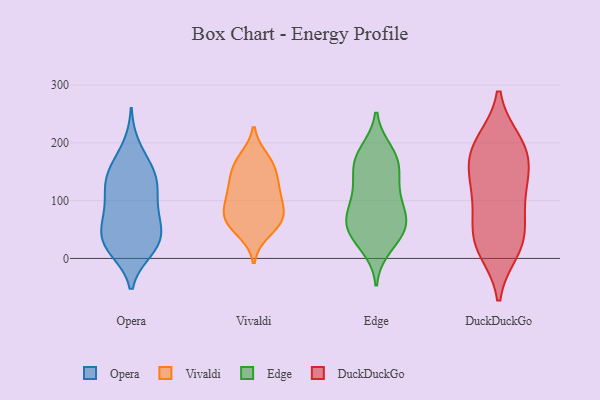
{"axis": {"x": "Operating Costs (USD K)", "y": "Value"}, "legend": ["DuckDuckGo", "Edge", "Opera", "Vivaldi"], "data": [{"x": "", "y": 194, "type": "Opera"}, {"x": "", "y": 22, "type": "Opera"}, {"x": "", "y": 66, "type": "Opera"}, {"x": "", "y": 114, "type": "Opera"}, {"x": "", "y": 69, "type": "Opera"}, {"x": "", "y": 104, "type": "Opera"}, {"x": "", "y": 28, "type": "Opera"}, {"x": "", "y": 14, "type": "Opera"}, {"x": "", "y": 130, "type": "Opera"}, {"x": "", "y": 71, "type": "Opera"}, {"x": "", "y": 162, "type": "Opera"}, {"x": "", "y": 48, "type": "Opera"}, {"x": "", "y": 141, "type": "Opera"}, {"x": "", "y": 148, "type": "Opera"}, {"x": "", "y": 16, "type": "Opera"}, {"x": "", "y": 23, "type": "Opera"}, {"x": "", "y": 47, "type": "Opera"}, {"x": "", "y": 150, "type": "Opera"}, {"x": "", "y": 106, "type": "Opera"}, {"x": "", "y": 121, "type": "Vivaldi"}, {"x": "", "y": 172, "type": "Vivaldi"}, {"x": "", "y": 101, "type": "Vivaldi"}, {"x": "", "y": 159, "type": "Vivaldi"}, {"x": "", "y": 131, "type": "Vivaldi"}, {"x": "", "y": 65, "type": "Vivaldi"}, {"x": "", "y": 47, "type": "Vivaldi"}, {"x": "", "y": 108, "type": "Vivaldi"}, {"x": "", "y": 160, "type": "Vivaldi"}, {"x": "", "y": 71, "type": "Vivaldi"}, {"x": "", "y": 70, "type": "Vivaldi"}, {"x": "", "y": 71, "type": "Vivaldi"}, {"x": "", "y": 174, "type": "Edge"}, {"x": "", "y": 51, "type": "Edge"}, {"x": "", "y": 158, "type": "Edge"}, {"x": "", "y": 42, "type": "Edge"}, {"x": "", "y": 121, "type": "Edge"}, {"x": "", "y": 101, "type": "Edge"}, {"x": "", "y": 185, "type": "Edge"}, {"x": "", "y": 79, "type": "Edge"}, {"x": "", "y": 121, "type": "Edge"}, {"x": "", "y": 175, "type": "Edge"}, {"x": "", "y": 157, "type": "Edge"}, {"x": "", "y": 67, "type": "Edge"}, {"x": "", "y": 58, "type": "Edge"}, {"x": "", "y": 73, "type": "Edge"}, {"x": "", "y": 20, "type": "Edge"}, {"x": "", "y": 41, "type": "Edge"}, {"x": "", "y": 193, "type": "DuckDuckGo"}, {"x": "", "y": 90, "type": "DuckDuckGo"}, {"x": "", "y": 199, "type": "DuckDuckGo"}, {"x": "", "y": 130, "type": "DuckDuckGo"}, {"x": "", "y": 33, "type": "DuckDuckGo"}, {"x": "", "y": 37, "type": "DuckDuckGo"}, {"x": "", "y": 147, "type": "DuckDuckGo"}, {"x": "", "y": 31, "type": "DuckDuckGo"}, {"x": "", "y": 189, "type": "DuckDuckGo"}, {"x": "", "y": 105, "type": "DuckDuckGo"}, {"x": "", "y": 17, "type": "DuckDuckGo"}, {"x": "", "y": 172, "type": "DuckDuckGo"}]}